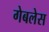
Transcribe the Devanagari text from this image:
गेबलेस